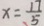
x = \frac { 1 7 } { 5 }